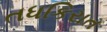
તધકિરાત